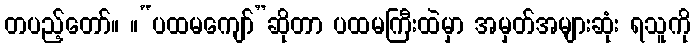
တပည့်တော်။ ။“ပထမကျော်”ဆိုတာ ပထမကြီးထဲမှာ အမှတ်အများဆုံး ရသူကို